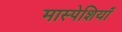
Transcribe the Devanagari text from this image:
मास्पेशियाँ